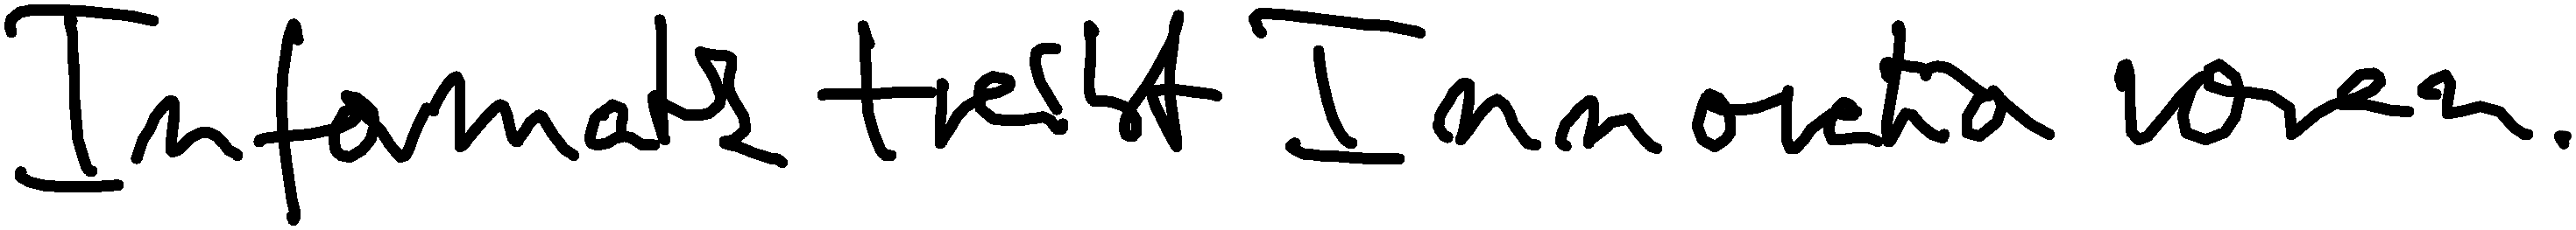
Informatik treibt Innovation voran.